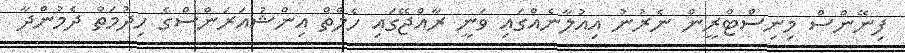
ފިނޭންސް މިނިސްޓްރީން ނެރުނު އިއުލާނެއްގައި ވަނީ ރާއްޖޭގައި ހެލްތް އިންޝުއަރަންސްގެ ހިިދުމަތް ދެމުންދާ